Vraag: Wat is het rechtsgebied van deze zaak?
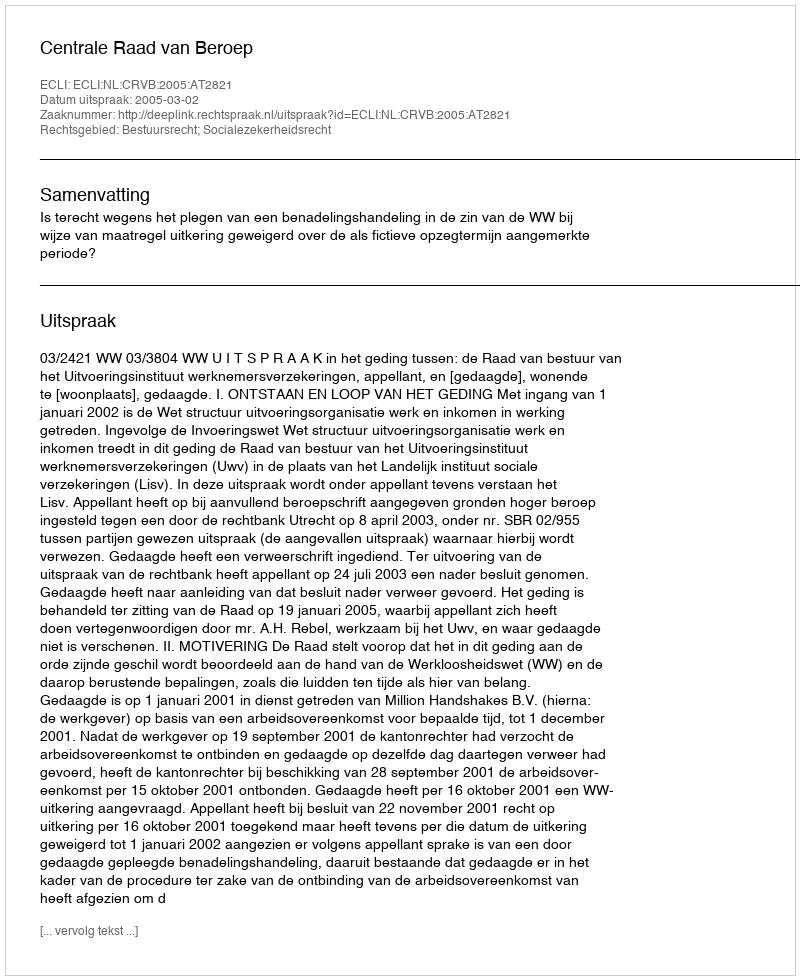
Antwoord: Bestuursrecht; Socialezekerheidsrecht